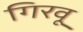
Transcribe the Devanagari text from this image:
गिरवू